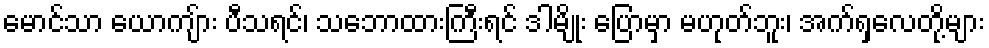
မောင်သာ ယောကျ်ား ပီသရင်၊ သဘောထားကြီးရင် ဒါမျိုး ပြောမှာ မဟုတ်ဘူး၊ အက်ရှလေတို့များ